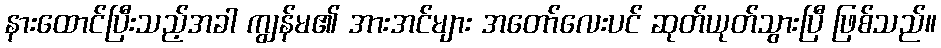
နားထောင်ပြီးသည့်အခါ ကျွန်မ၏ အားအင်များ အတော်လေးပင် ဆုတ်ယုတ်သွားပြီ ဖြစ်သည်။